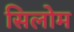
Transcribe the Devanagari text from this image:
सिलोम